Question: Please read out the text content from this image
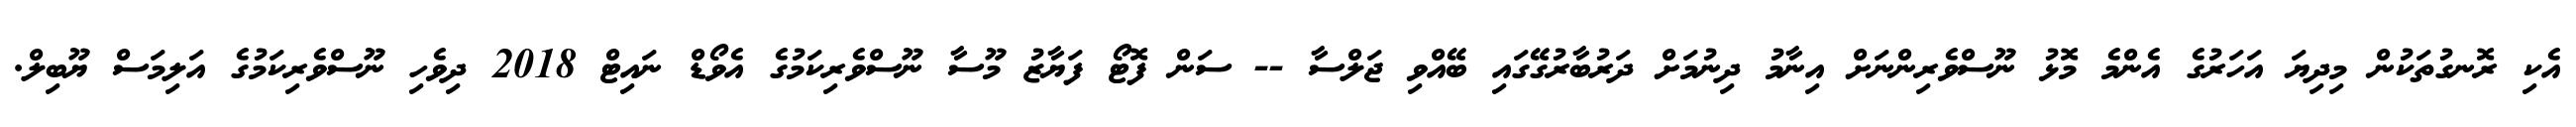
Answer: އެކި ރޮނގުތަކުން މިދިޔަ އަހަރުގެ އެންމެ މޮޅު ނޫސްވެރިންނަށް އިނާމު ދިނުމަށް ދަރުބާރުގޭގައި ބޭއްވި ޖަލްސާ -- ސަން ފޮޓޯ ފަޔާޒު މޫސާ ނޫސްވެރިކަމުގެ އެވޯޑް ނައިޓް 2018 ދިވެހި ނޫސްވެރިކަމުގެ އަލިމަސް ޔޫބިލް.